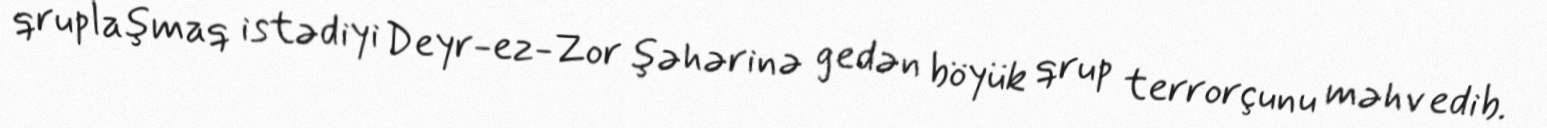
qruplaşmaq istədiyi Deyr-ez-Zor şəhərinə gedən böyük qrup terrorçunu məhv edib.